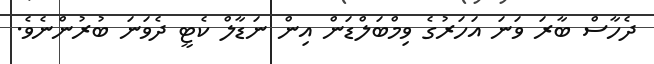
ދެހާސް ބާރަ ވަނަ އަހަރުގެ ވިމްބަލްޑަން އިން ނަޑާލް ކެޓީ ދެވަނަ ބުރުންނެވެ.